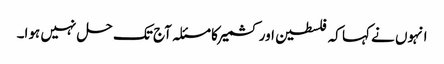
انہوں نے کہا کہ فلسطین اور کشمیر کا مسئلہ آج تک حل نہیں ہوا۔